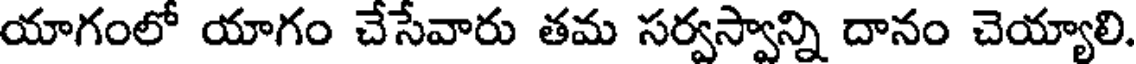
యాగంలో యాగం చేసేవారు తమ సర్వస్వాన్ని దానం చెయ్యాలి